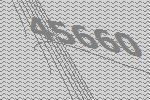
45660